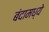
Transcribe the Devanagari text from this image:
बंदामध्ये